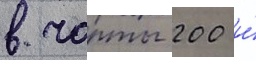
в чарты 200 и́